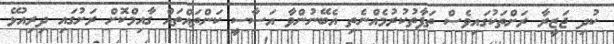
ކުދި ޖަޒީރާ ރަށްތަކުގައިވެސް ތަފާތުކުރުމެއްނެތި އެބޭނުންވާ އަސާސީ ކަންތައްތައް ގާއިމްކޮށް ރަށުގައި ދިރިއުޅޭ